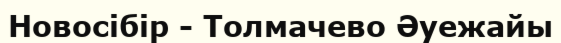
Новосібір - Толмачево Әуежайы